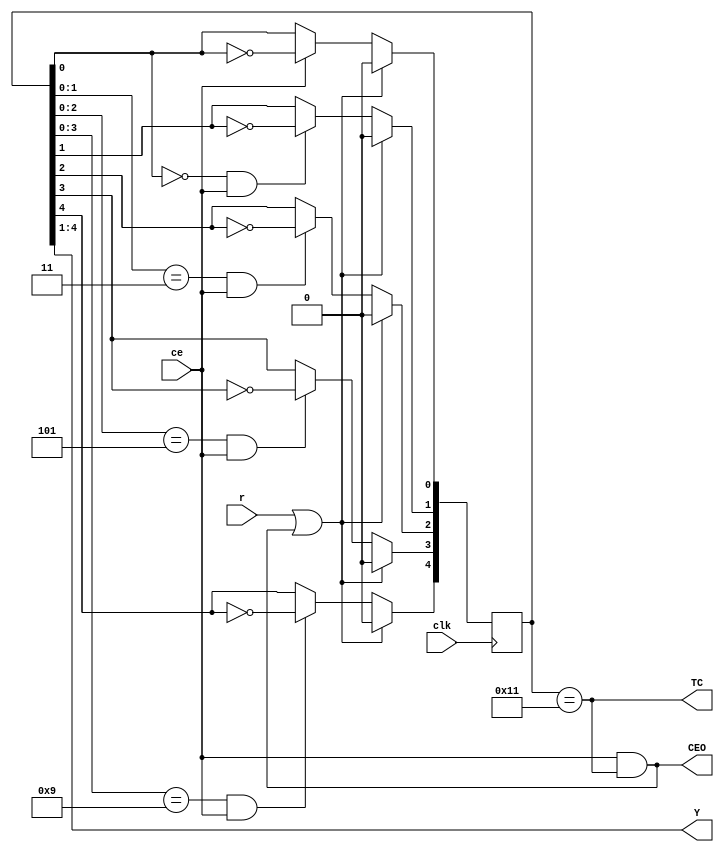
`timescale 1ns / 1ps
//////////////////////////////////////////////////////////////////////////////////
// Company: 
// Engineer: 
// 
// Design Name: 
// Module Name:    VCGrey4Re 
// Project Name: 
// Target Devices: 
// Tool versions: 
// Description: 
//
// Dependencies: 
//
// Revision: 
// Revision 0.01 - File Created
// Additional Comments: 
//
//////////////////////////////////////////////////////////////////////////////////
module VCGrey4Re (input clk, output wire [3:0] Y, // 
                  input ce,  output wire CEO,
                  input r,   output wire TC);
reg [4:0]q = 0;
assign TC = (q[4:0] == ((1 << 4) | 1));
assign CEO = ce & TC;
assign Y = q[4:1];
always @ (posedge clk) begin
q[0] <= (r | CEO)? 0 : ce? !q[0]: q[0]; //  
q[1] <= (r | CEO)? 0 : ((q[0]==0) & ce)? !q[1] : q[1];
q[2] <= (r | CEO)? 0 : ((q[1:0]==((1<<1) | 1)) & ce)? !q[2] : q[2];
q[3] <= (r | CEO)? 0 : ((q[2:0]==((1<<2) | 1)) & ce)? !q[3] : q[3];
q[4] <= (r | CEO)? 0 : ((q[3:0]==((1<<3) | 1)) & ce)? !q[4] : q[4];
end
endmodule